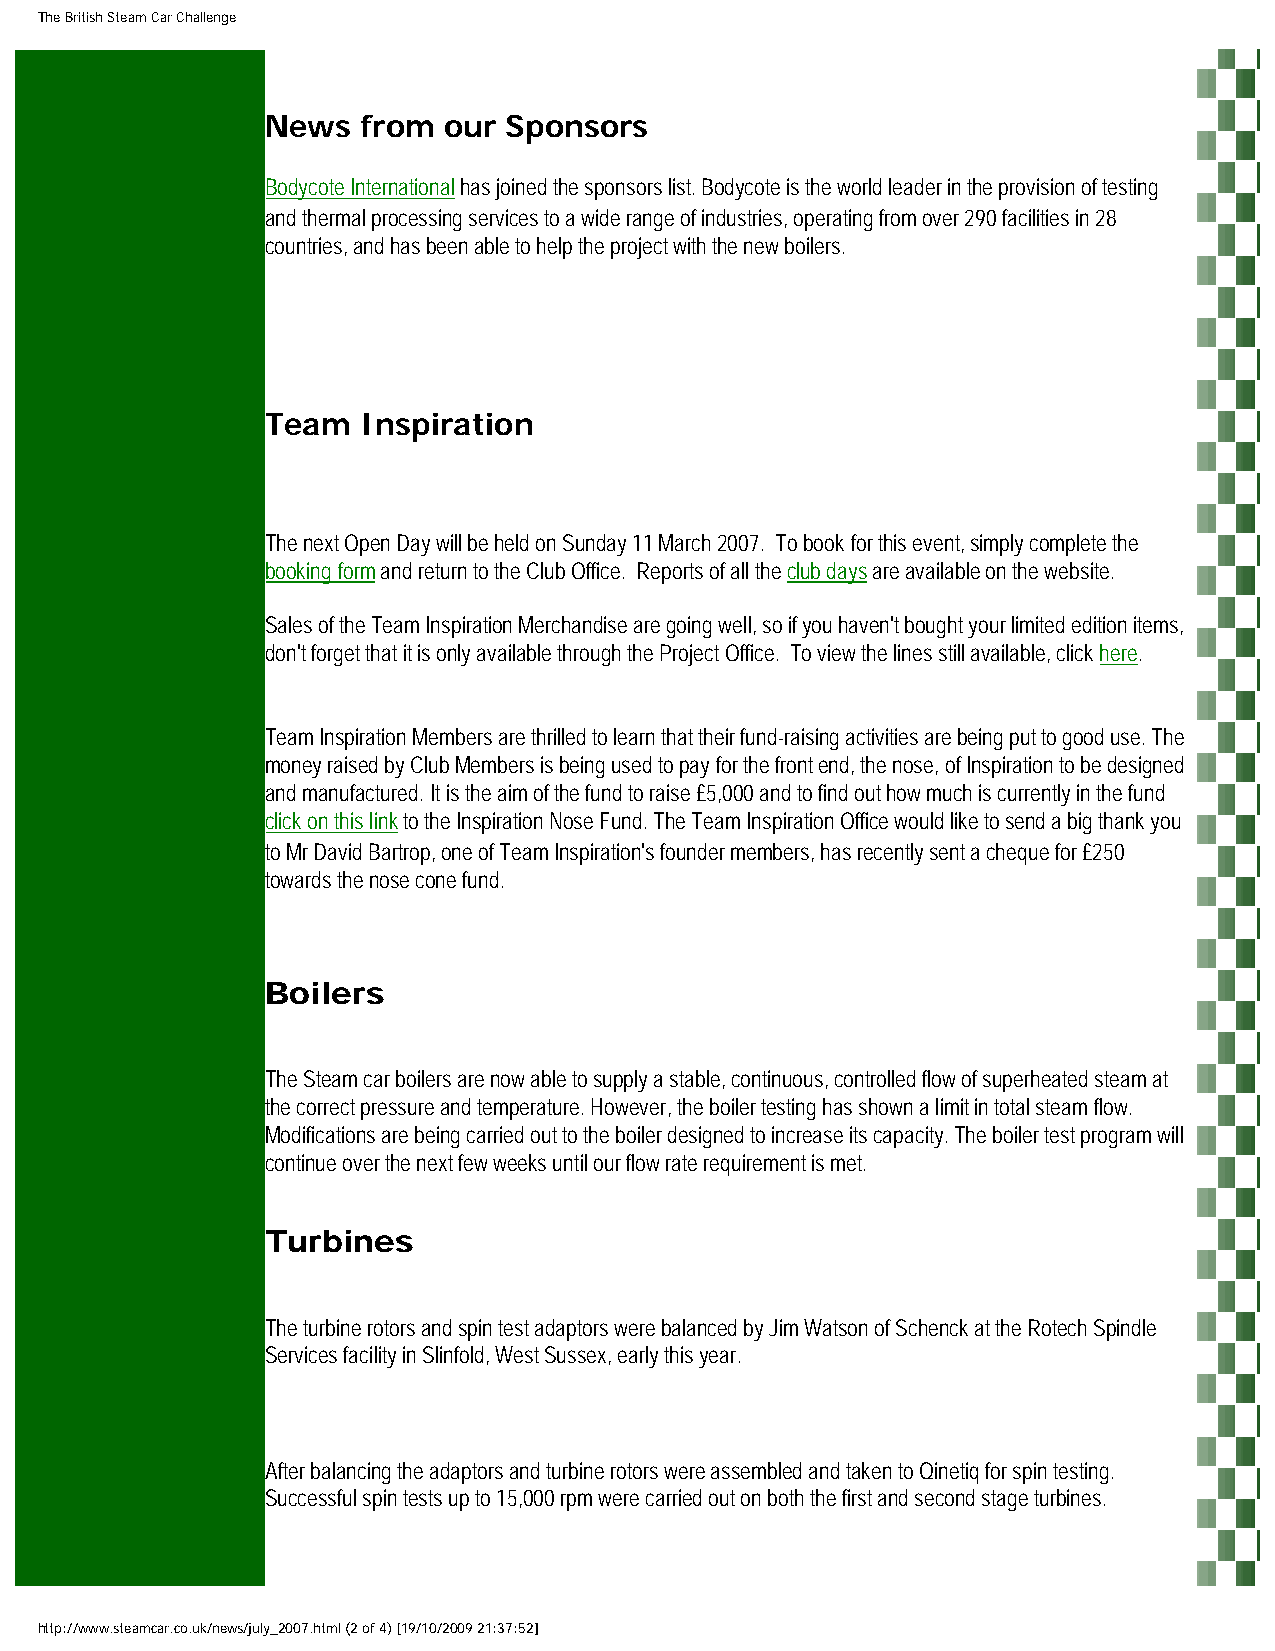
The British Steam Car Challenge
 News  from our Sponsors
 Bodycote International has joined the sponsors list. Bodycote is the world leader in the provision of testing
 and thermal processing services to a wide range of industries, operating from over 290 facilities in 28
 countries, and has been able to help the project with the new boilers.
 Team  Inspiration
 The next Open Day will be held on Sunday 11 March 2007. To book for this event, simply complete the
 booking form and return to the Club Office. Reports of all the club days are available on the website.
 Sales of the Team Inspiration Merchandise are going well, so if you haven't bought your limited edition items,
 don't forget that it is only available through the Project Office. To view the lines still available, click here.
 Team Inspiration Members are thrilled to learn that their fund-raising activities are being put to good use. The
 money raised by Club Members is being used to pay for the front end, the nose, of Inspiration to be designed
 and manufactured. It is the aim of the fund to raise £5,000 and to find out how much is currently in the fund
 click on this link to the Inspiration Nose Fund. The Team Inspiration Office would like to send a big thank you
 to Mr David Bartrop, one of Team Inspiration's founder members, has recently sent a cheque for £250
 towards the nose cone fund.
 Boilers
 The Steam car boilers are now able to supply a stable, continuous, controlled flow of superheated steam at
 the correct pressure and temperature. However, the boiler testing has shown a limit in total steam flow.
 Modifications are being carried out to the boiler designed to increase its capacity. The boiler test program will
 continue over the next few weeks until our flow rate requirement is met.
 Turbines
 The turbine rotors and spin test adaptors were balanced by Jim Watson of Schenck at the Rotech Spindle
 Services facility in Slinfold, West Sussex, early this year.
 After balancing the adaptors and turbine rotors were assembled and taken to Qinetiq for spin testing.
 Successful spin tests up to 15,000 rpm were carried out on both the first and second stage turbines.
 http://www.steamcar.co.uk/news/july_2007.html (2 of 4) [19/10/2009 21:37:52]